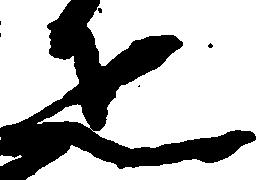
疋